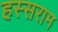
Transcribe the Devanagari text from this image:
हस्सराम